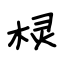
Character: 棂